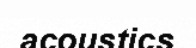
acoustics